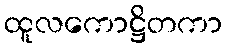
ထူလကောဋ္ဌိတကာ